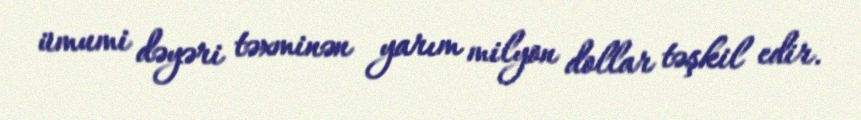
ümumi dəyəri təxminən yarım milyon dollar təşkil edir.